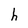
Character: h